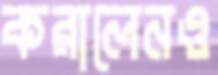
করালেনও